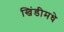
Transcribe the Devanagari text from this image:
खिंडीमधे